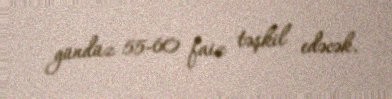
gündüz 55-60 faiz təşkil edəcək.